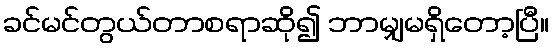
ခင်မင်တွယ်တာစရာဆို၍ ဘာမျှမရှိတော့ပြီ။